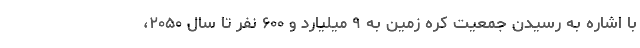
با اشاره به رسیدن جمعیت کره زمین به ۹ میلیارد و ۶۰۰ نفر تا سال ۲۰۵۰،